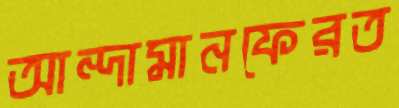
আন্দামানফেরত